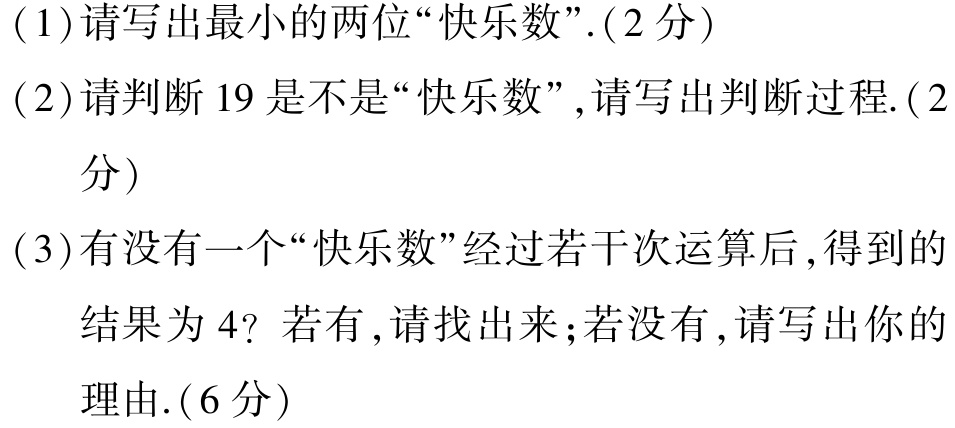
(1)请写出最小的两位“快乐数”.(2分)

(2)请判断19是不是“快乐数”,请写出判断过程.(2分)

(3)有没有一个“快乐数”经过若干次运算后,得到的结果为4？若有,请找出来;若没有,请写出你的理由.(6分)